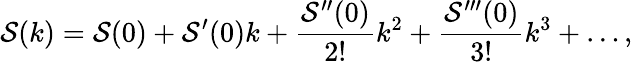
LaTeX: \mathcal{S}(k)=\mathcal{S}(0)+\mathcal{S}^{\prime}(0)k+\frac{{\mathcal{S}^{\prime\prime}(0)}}{{2!}}k^{2}+\frac{{\mathcal{S}^{\prime\prime\prime}(0)}}{{3!}}k^{3}+\dotsc,